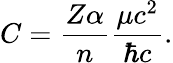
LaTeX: C={\frac{Z\alpha}{n}}{\frac{\mu c^{2}}{\hbar c}}.